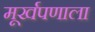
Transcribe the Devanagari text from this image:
मूर्खपणाला